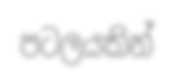
පටලයකින්